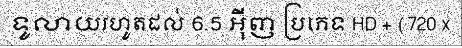
ទូលាយរហូតដល់ 6.5 អ៊ីញ ប្រភេទ HD + (720 x